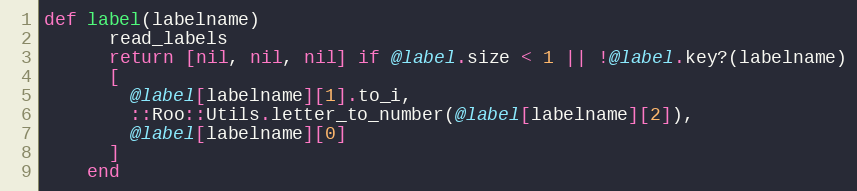
Language: Ruby
def label(labelname)
      read_labels
      return [nil, nil, nil] if @label.size < 1 || !@label.key?(labelname)
      [
        @label[labelname][1].to_i,
        ::Roo::Utils.letter_to_number(@label[labelname][2]),
        @label[labelname][0]
      ]
    end